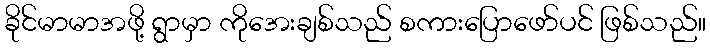
ခိုင်မာမာအဖို့ ရွာမှာ ကိုအေးချစ်သည် စကားပြောဖော်ပင် ဖြစ်သည်။